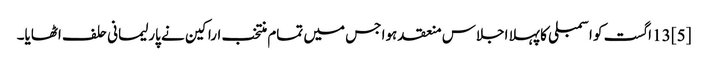
[5] 13 اگست کو اسمبلی کا پہلا اجلاس منعقد ہوا جس میں تمام منتخب اراکین نے پارلیمانی حلف اٹھایا۔